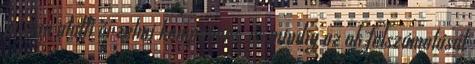
felszín alatti érzelmi komponens, és mindig az ok felszámolását